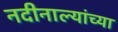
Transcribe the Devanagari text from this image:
नदीनाल्यांच्या